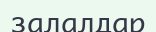
залалдар